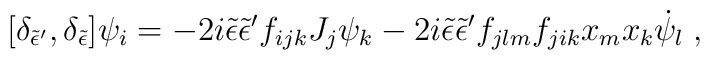
[\delta_{{\tilde\epsilon}{'}},\delta_{\tilde\epsilon}]\psi_i=-2i{\tilde\epsilon} {\tilde\epsilon}{'}f_{ijk}J_j \psi_k-2i{\tilde\epsilon}{\tilde\epsilon}{'}f_{jlm}f_{jik}x_mx_k{\dot\psi}_l  \; ,